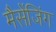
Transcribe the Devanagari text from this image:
मैसेंजिंग